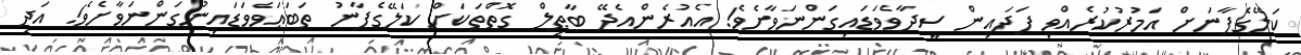
ކަލޭގެފާނަށް އަމުރުކުރެއްވި ފަދައިން ސީދާވެވަޑައިގަންނަވާށެވެ! އެއުރެންއެދޭ ބާޠިލް ގޮތްތަކަށް ކަލޭގެފާނު ތަބަޢަވެވަޑައިނުގަންނަވާށެވެ! އަދި